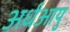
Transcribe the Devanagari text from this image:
अर्धआयु